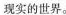
现实的世界。